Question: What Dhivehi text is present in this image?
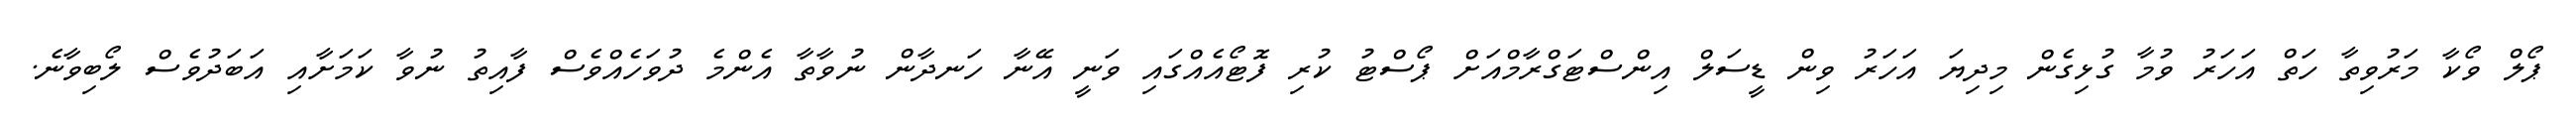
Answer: ޕޯލް ވޯކާ މަރުވިތާ ހަތް އަހަރު ވުމާ ގުޅިގެން މިދިޔަ އަހަރު ވިން ޑީސަލް އިންސްޓަގްރާމްއަށް ޕޯސްޓު ކުރި ފޮޓޯއެއްގައި ވަނީ އޭނާ ހަނދާން ނުވާތާ އެންމެ ދުވަހެއްވެސް ފާއިތު ނުވާ ކަމަށާއި އަބަދުވެސް ލޯބިވާނެ.